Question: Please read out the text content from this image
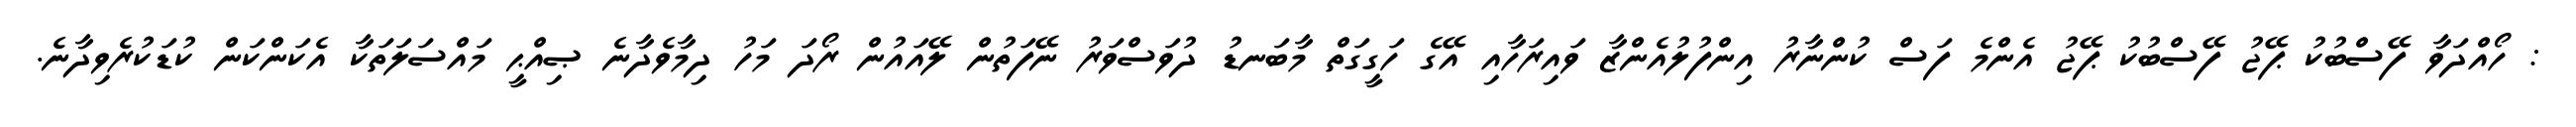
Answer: : ހޯއްދަވާ ފޭސްބުކު ޕޭޖު ފޭސްބުކު ޕޭޖު އެންމެ ފަސް ކުންނާރު އިންފުލުއެންޒާ ވައިރަހާއި އޭގެ ހަގީގަތް މާބަނޑު ދުވަސްވަރު ނޭފަތުން ލޭއައުން ރޯދަ މަހު ދިމާވެދާނެ ޞިއްޙީ މައްސަލަތަކާ އެކަންކަން ކުޑަކުރެވިދާނެ.